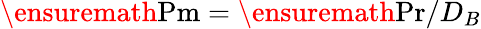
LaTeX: \ensuremath{\mathrm{Pm}}=\ensuremath{\mathrm{Pr}}/D_{B}